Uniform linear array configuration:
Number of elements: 12
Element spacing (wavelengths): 1
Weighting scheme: cosine
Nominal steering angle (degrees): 0
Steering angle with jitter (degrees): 1.414
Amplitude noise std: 0.05
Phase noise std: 0.05

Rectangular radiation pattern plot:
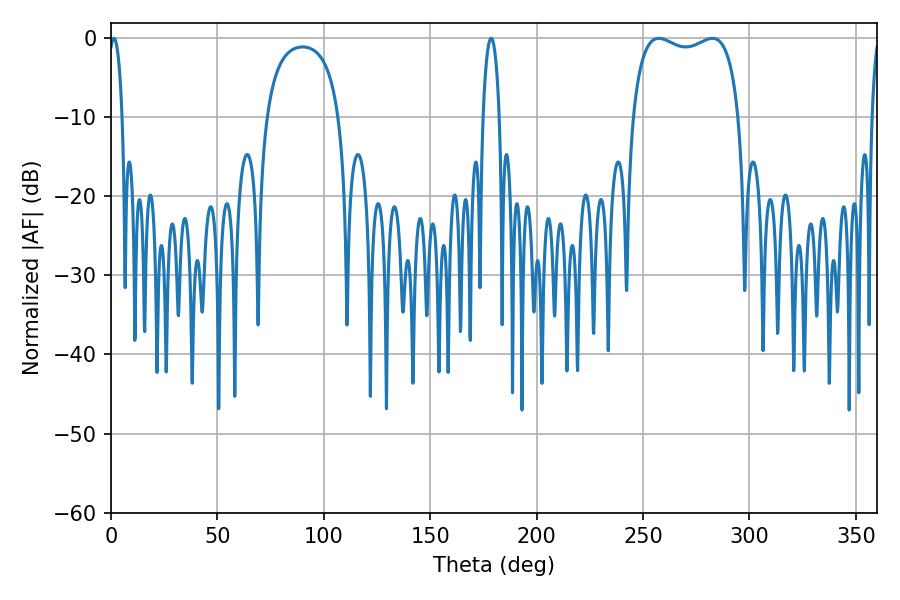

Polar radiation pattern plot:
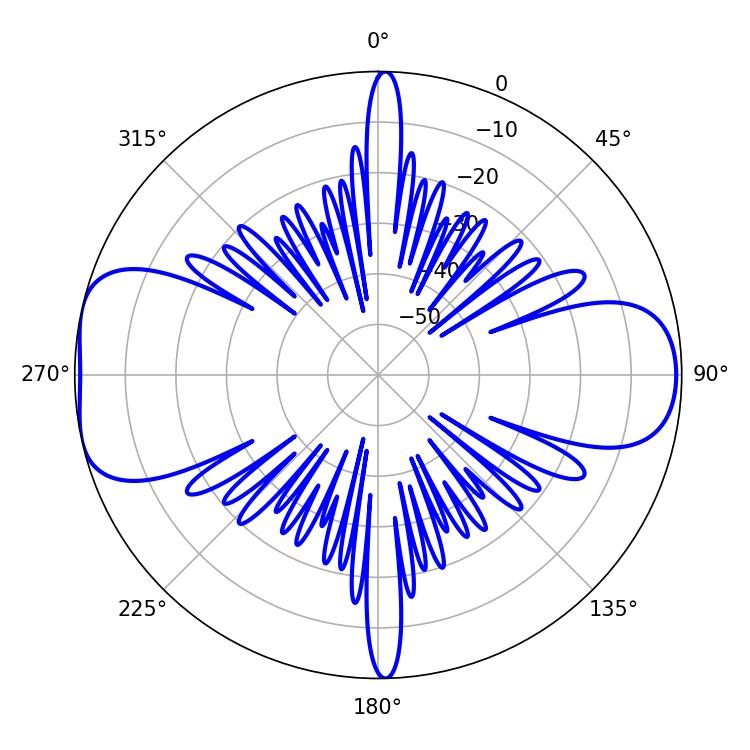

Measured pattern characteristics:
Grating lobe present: TRUE
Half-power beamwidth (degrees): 40.68
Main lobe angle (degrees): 257.4